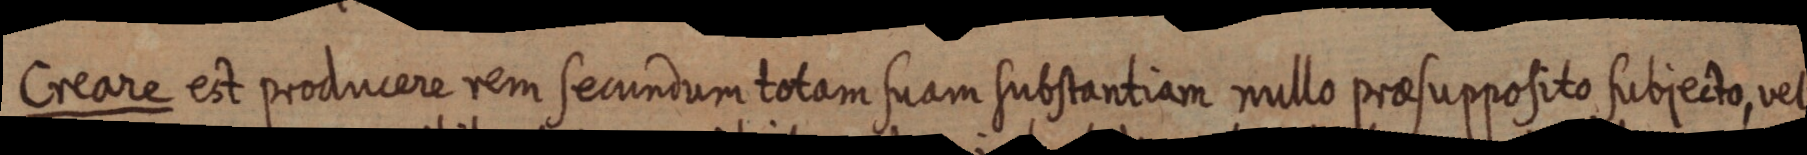
Creare est producere rem secundum totam suam substantiam nullo praesupposito subjecto, vel